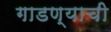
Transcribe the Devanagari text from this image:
गाडण्याची